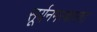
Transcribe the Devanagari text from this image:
सूर्यनमस्कारात